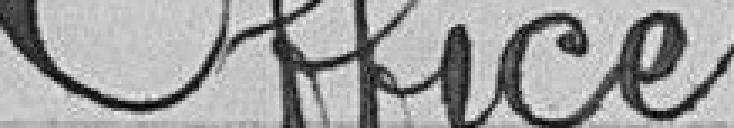
Office